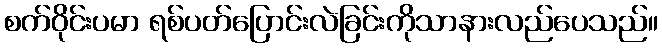
စက်ဝိုင်းပမာ ရစ်ပတ်ပြောင်းလဲခြင်းကိုသာနားလည်ပေသည်။